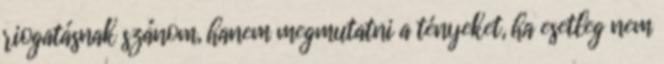
riogatásnak szánom, hanem megmutatni a tényeket, ha esetleg nem